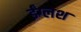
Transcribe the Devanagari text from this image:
ईंग्लश